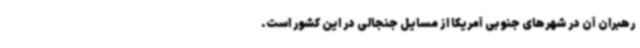
رهبران آن در شهرهای جنوبی آمریکا از مسایل جنجالی در این کشور است.